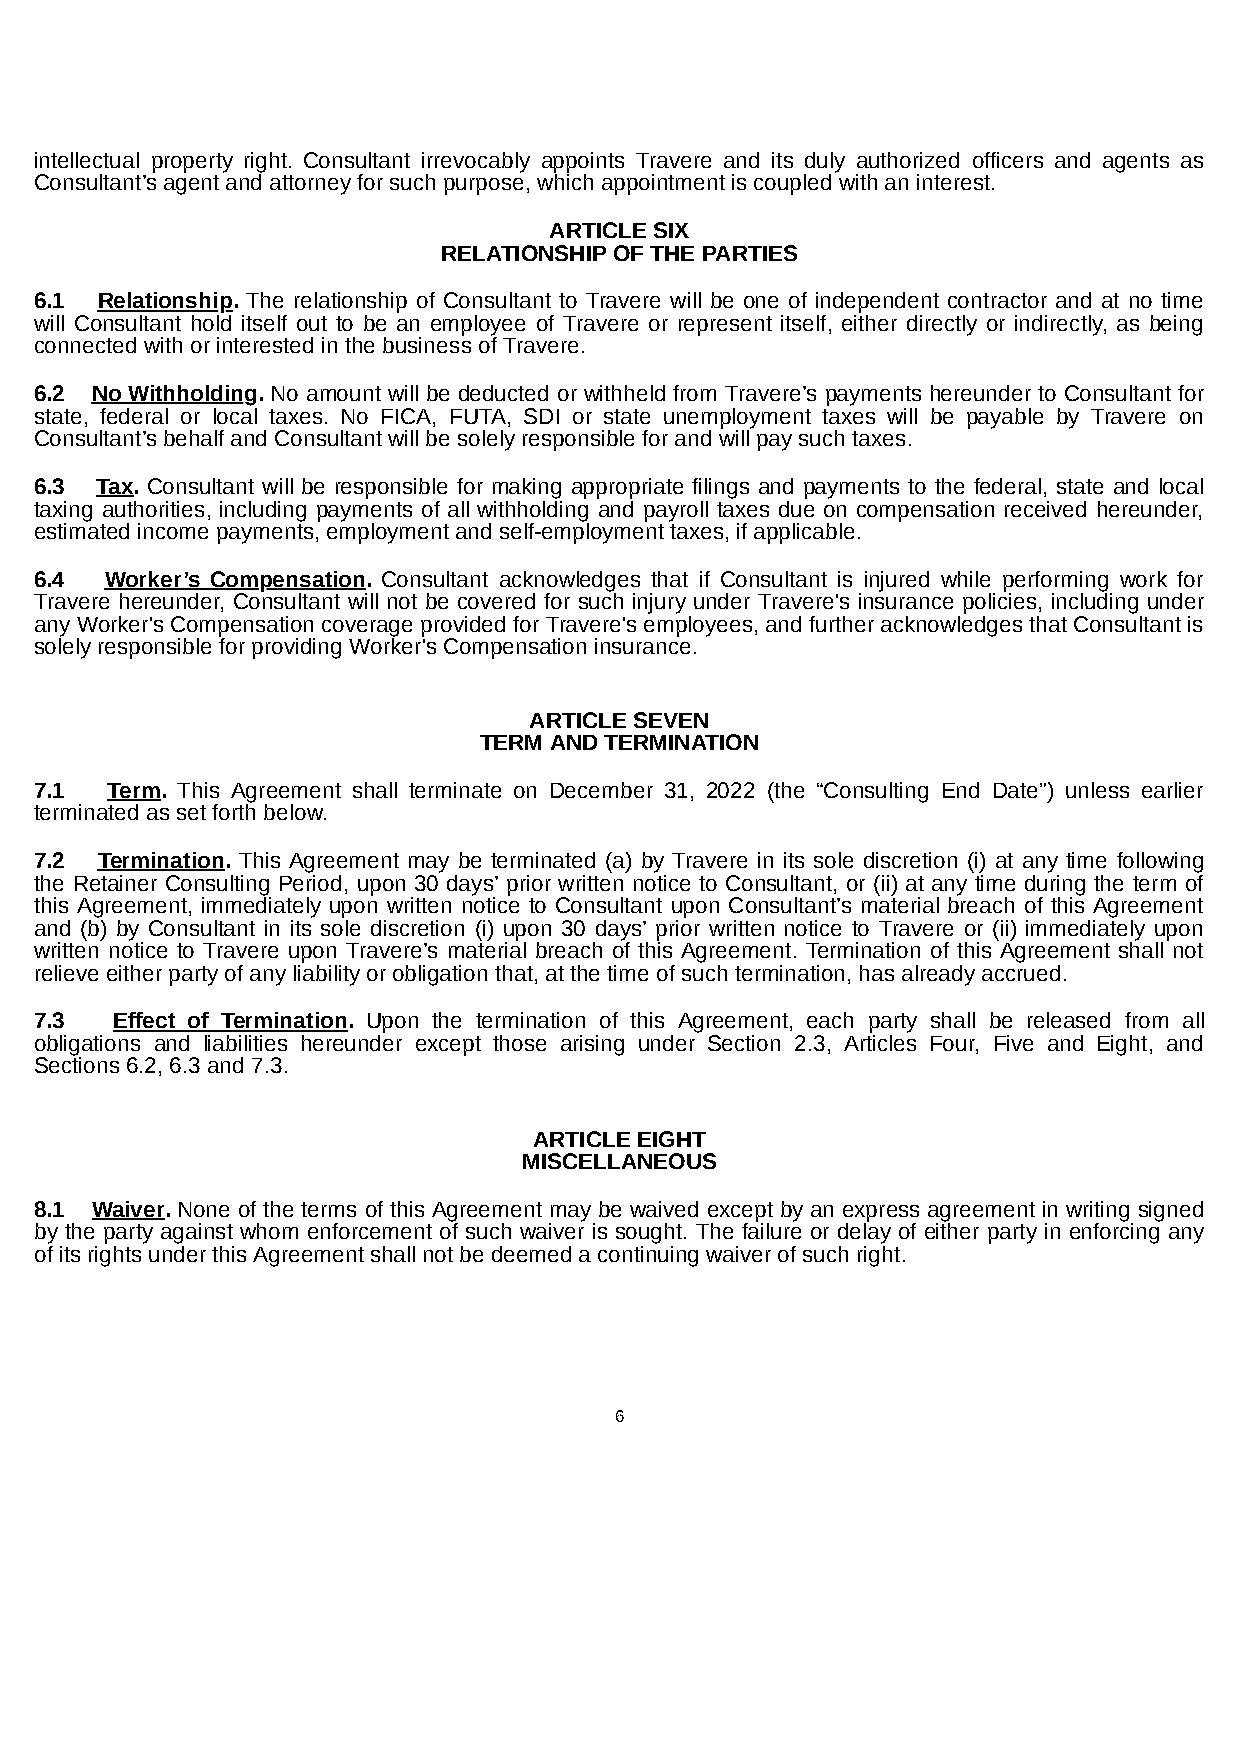
intellectual property right. Consultant irrevocably appoints Travere and its duly authorized officers and agents as
 Consultant’s agent and attorney for such purpose, which appointment is coupled with an interest.
 ARTICLE SIX
 RELATIONSHIP OF THE PARTIES
 6.1 Relationship. The relationship of Consultant to Travere will be one of independent contractor and at no time
 will Consultant hold itself out to be an employee of Travere or represent itself, either directly or indirectly, as being
 connected with or interested in the business of Travere.
 6.2 No Withholding. No amount will be deducted or withheld from Travere’s payments hereunder to Consultant for
 state, federal or local taxes. No FICA, FUTA, SDI or state unemployment taxes will be payable by Travere on
 Consultant’s behalf and Consultant will be solely responsible for and will pay such taxes.
 6.3 Tax. Consultant will be responsible for making appropriate filings and payments to the federal, state and local
 taxing authorities, including payments of all withholding and payroll taxes due on compensation received hereunder,
 estimated income payments, employment and self-employment taxes, if applicable.
 6.4  Worker’s Compensation. Consultant acknowledges that if Consultant is injured while performing work for
 Travere hereunder, Consultant will not be covered for such injury under Travere's insurance policies, including under
 any Worker's Compensation coverage provided for Travere's employees, and further acknowledges that Consultant is
 solely responsible for providing Worker's Compensation insurance.
 ARTICLE SEVEN
 TERM AND TERMINATION
 7.1  Term. This Agreement shall terminate on December 31, 2022 (the “Consulting End Date”) unless earlier
 terminated as set forth below.
 7.2 Termination. This Agreement may be terminated (a) by Travere in its sole discretion (i) at any time following
 the Retainer Consulting Period, upon 30 days’ prior written notice to Consultant, or (ii) at any time during the term of
 this Agreement, immediately upon written notice to Consultant upon Consultant’s material breach of this Agreement
 and (b) by Consultant in its sole discretion (i) upon 30 days’ prior written notice to Travere or (ii) immediately upon
 written notice to Travere upon Travere’s material breach of this Agreement. Termination of this Agreement shall not
 relieve either party of any liability or obligation that, at the time of such termination, has already accrued.
 7.3  Effect of Termination. Upon the termination of this Agreement, each party shall be released from all
 obligations and liabilities hereunder except those arising under Section 2.3, Articles Four, Five and Eight, and
 Sections 6.2, 6.3 and 7.3.
 ARTICLE EIGHT
 MISCELLANEOUS
 8.1 Waiver. None of the terms of this Agreement may be waived except by an express agreement in writing signed
 by the party against whom enforcement of such waiver is sought. The failure or delay of either party in enforcing any
 of its rights under this Agreement shall not be deemed a continuing waiver of such right.
 6